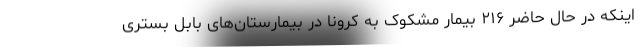
اینکه در حال حاضر ۲۱۶ بیمار مشکوک به کرونا در بیمارستان‌های بابل بسترى